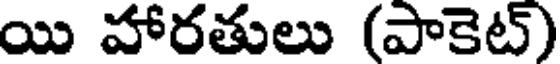
యి హారతులు (పాకెట్)